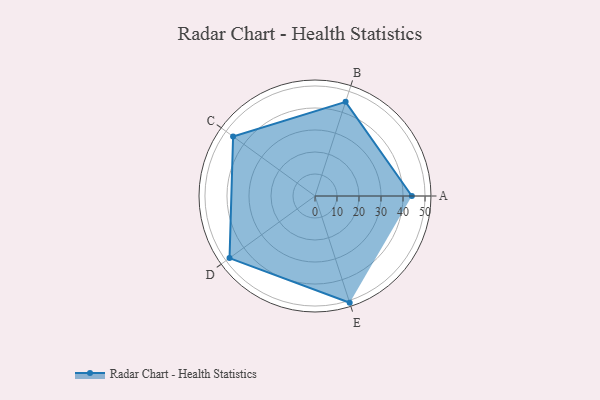
{"axis": {"x": "Skill", "y": "Score"}, "legend": ["Profile"], "data": [{"x": "A", "y": 44.0, "type": "Profile"}, {"x": "B", "y": 45.0, "type": "Profile"}, {"x": "C", "y": 46.0, "type": "Profile"}, {"x": "D", "y": 48.0, "type": "Profile"}, {"x": "E", "y": 51.0, "type": "Profile"}]}